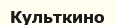
Культкино